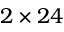
2 \times 2 4